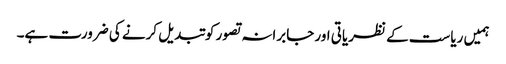
ہمیں ریاست کے نظریاتی اور جابرانہ تصور کوتبدیل کرنے کی ضرورت ہے۔